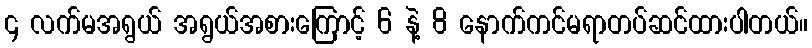
၄ လက်မအရွယ် အရွယ်အစားကြောင့် 6 နဲ့ 8 နောက်ကင်မရာတပ်ဆင်ထားပါတယ်။